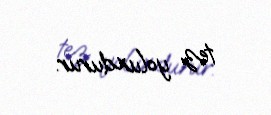
tez yoluxdurur.